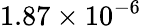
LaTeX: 1.87\times 10^{-6}